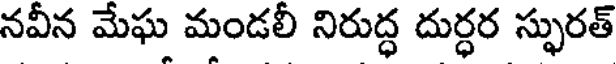
నవీన మేఘ మండలీ నిరుద్ధ దుర్ధర స్ఫురత్